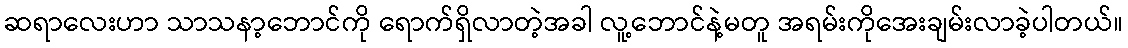
ဆရာလေးဟာ သာသနာ့ဘောင်ကို ရောက်ရှိလာတဲ့အခါ လူ့ဘောင်နဲ့မတူ အရမ်းကိုအေးချမ်းလာခဲ့ပါတယ်။